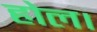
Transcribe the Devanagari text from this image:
होल।